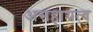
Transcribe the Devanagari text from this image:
असहायत्व